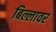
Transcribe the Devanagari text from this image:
बिल्लावर